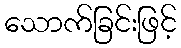
သောက်ခြင်းဖြင့်